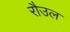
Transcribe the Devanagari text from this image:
रौउल